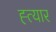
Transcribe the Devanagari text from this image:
ह्त्यार